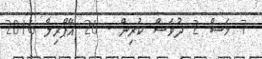
7 މަސް 2 ދުވަސް ކުރިން - 26 އޭޕްރިލް 2016